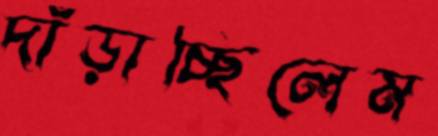
দাঁড়াচ্ছিলেম